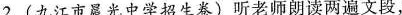
2.(九江市晨光中学招生卷)听老师朗读两遍文段，